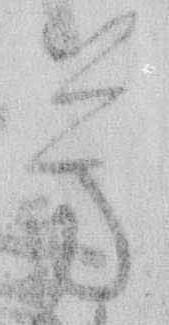
芳